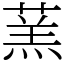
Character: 蓔